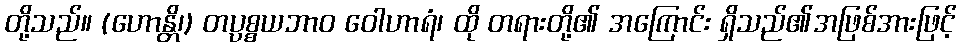
တို့သည်။ (ဟောန္တိ၊) တပ္ပစ္စယဘာဝ ဝေါဟာရံ၊ ထို တရားတို့၏ အကြောင်း ရှိသည်၏အဖြစ်အားဖြင့်